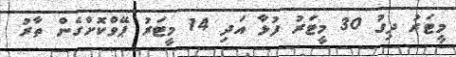
މީޓަރު ދިގު 30 މީޓަރު ފުޅާ އަދި 14 މީޓަރު ޕޭވްކޮށްގެން ތާރު